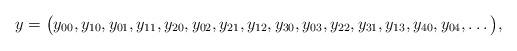
LaTeX: \begin{align*}y=\big(y_{00},y_{10},y_{01},y_{11},y_{20},y_{02},y_{21},y_{12},y_{30},y_{03},y_{22}, y_{31},y_{13},y_{40},y_{04}, \dots \big), \end{align*}